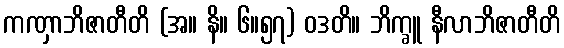
ကဏှာဘိဇာတီတိ (အ။ နိ။ ၆။၅၇) ဝဒတိ။ ဘိက္ခူ နီလာဘိဇာတီတိ